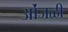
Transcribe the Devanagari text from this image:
ओंजळी